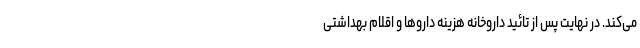
می‌کند. در نهایت پس از تائید داروخانه هزینه داروها و اقلام بهداشتی